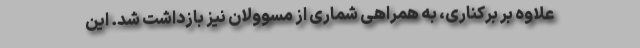
علاوه بر برکناری، به همراهی شماری از مسوولان نیز بازداشت شد. این